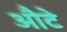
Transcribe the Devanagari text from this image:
औटे